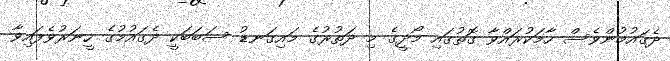
ދެގައުމުންވެސް ހާމަކުރައްވާ ގޮތުގައި މޯދީގެ މި ދަތުރުގެ މައިގަނޑު ސަބަބަކީ ދެގައުމުގެ ހީނަރުވެފައިވާ